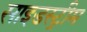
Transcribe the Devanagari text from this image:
साइडस्ट्रीम